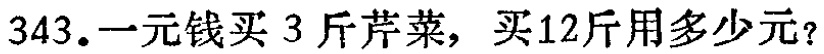
343.一元钱买 3 斤芹菜，买12斤用多少元？